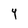
Character: 4